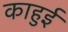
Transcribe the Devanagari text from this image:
काहुई